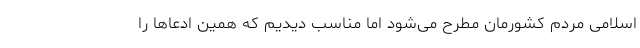
اسلامی مردم کشورمان مطرح می‌شود اما مناسب دیدیم که همین ادعاها را